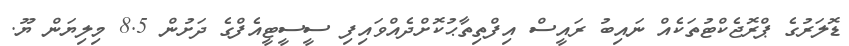
ޑޮލަރުގެ ޕްރޮޖެކްޓުތަކެއް ނައިބު ރައީސް އިފްތިތާޙުކޮށްދެއްވައިފި ސީސީޓީއެފްގެ ދަށުން 8.5 މިލިޔަން ޔޫ.